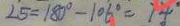
\angle 5 = 1 8 0 ^ { \circ } - 1 0 6 ^ { \circ } = 7 4 ^ { \circ }